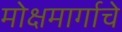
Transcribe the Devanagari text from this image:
मोक्षमार्गाचे